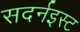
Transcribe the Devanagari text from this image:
सदर्नइस्ट